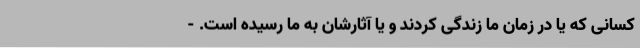
کسانی که یا در زمان ما زندگی کردند و یا آثارشان به ما رسیده است. -